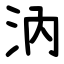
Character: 汭